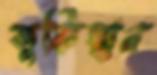
তুর্কিস্থান